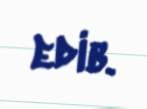
edib.